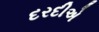
દરદીએ